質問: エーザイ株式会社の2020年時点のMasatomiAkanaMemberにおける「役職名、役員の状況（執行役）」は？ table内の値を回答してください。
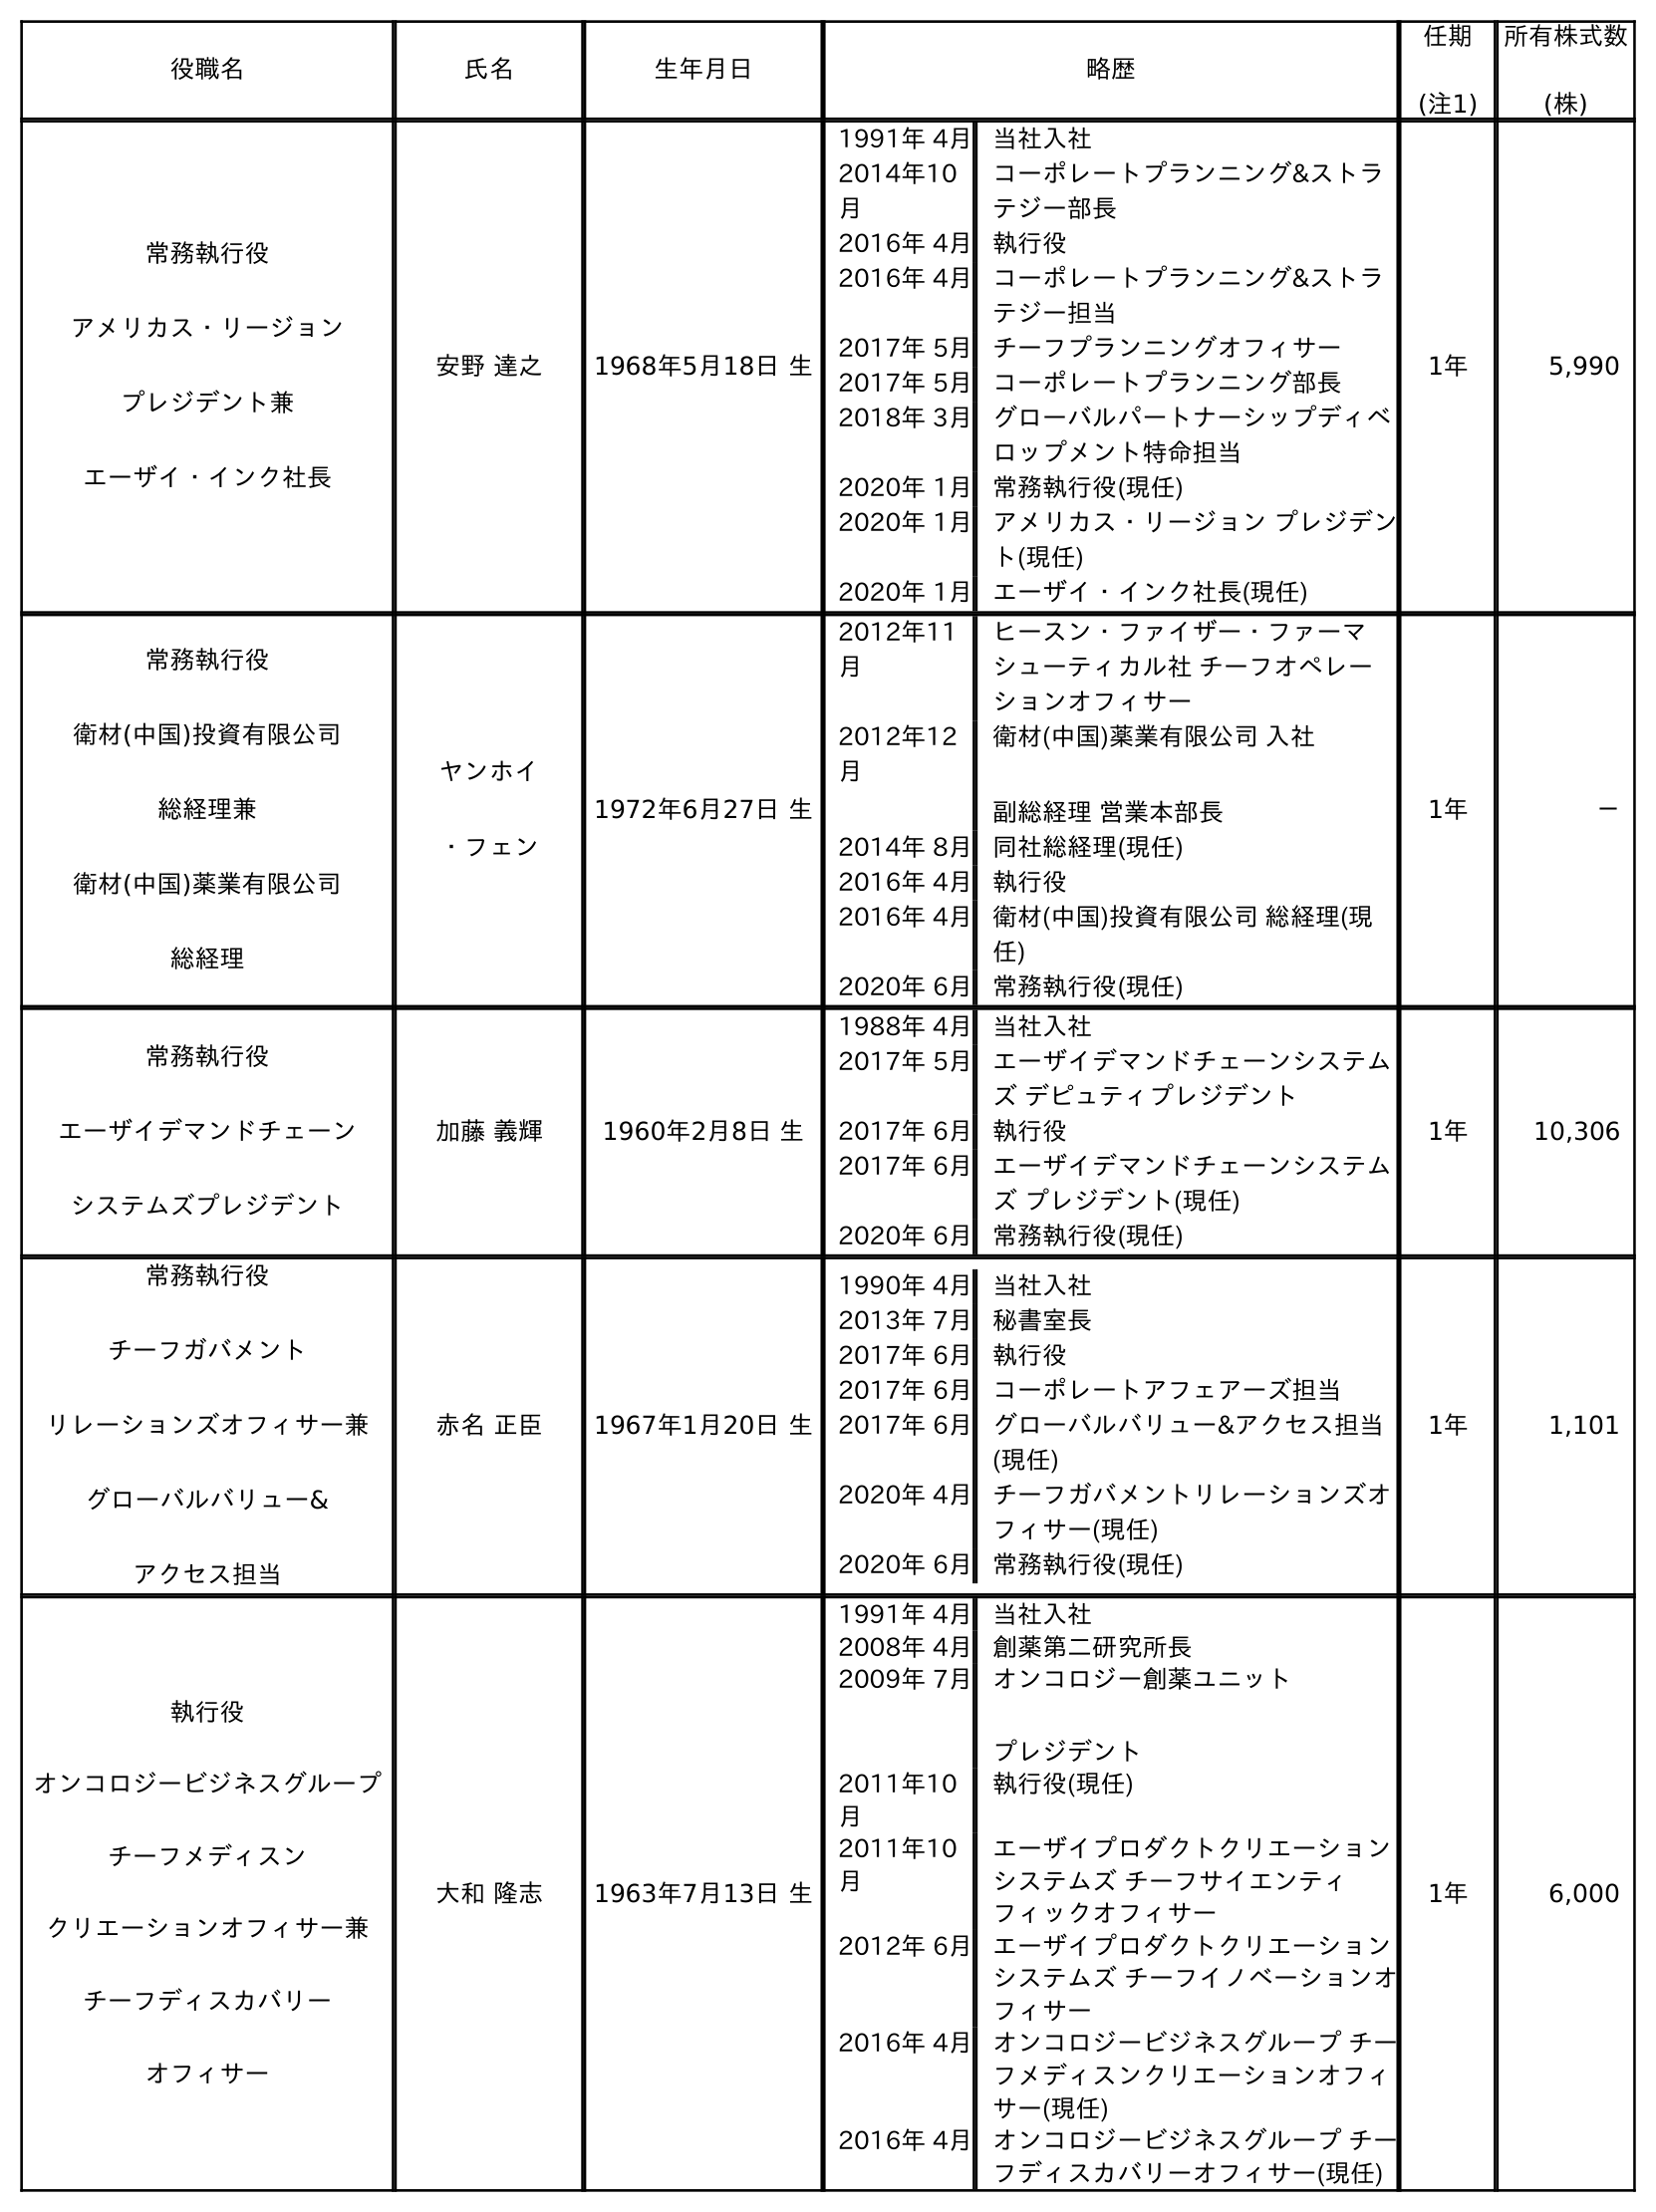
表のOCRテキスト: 役職名 氏名 生年月日 略歴 任期 (注1) 所有株式数 (株) 常務執行役 アメリカス・リージョン プレジデント兼 エーザイ・インク社長 安野 達之 1968年5月18日 生 1991年 4月当社入社 2014年10 月 コーポレートプランニング&ストラ テジー部長 2016年 4月執行役 2016年 4月コーポレートプランニング&ストラ テジー担当 2017年 5月チーフプランニングオフィサー 2017年 5月コーポレートプランニング部長 2018年 3月グローバルパートナーシップディベ ロップメント特命担当 2020年 1月常務執行役(現任) 2020年 1月アメリカス・リージョン プレジデン ト(現任) 2020年 1月エーザイ・インク社長(現任) 1年 5,990 常務執行役 衛材(中国)投資有限公司 総経理兼 衛材(中国)薬業有限公司 総経理 ヤンホイ ・フェン 1972年6月27日 生 2012年11 月 ヒースン・ファイザー・ファーマ シューティカル社 チーフオペレー ションオフィサー 2012年12 月 衛材(中国)薬業有限公司 入社 副総経理 営業本部長 2014年 8月同社総経理(現任) 2016年 4月執行役 2016年 4月衛材(中国)投資有限公司 総経理(現 任) 2020年 6月常務執行役(現任) 1年 － 常務執行役 エーザイデマンドチェーン システムズプレジデント 加藤 義輝 1960年2月8日 生 1988年 4月当社入社 2017年 5月エーザイデマンドチェーンシステム ズ デピュティプレジデント 2017年 6月執行役 2017年 6月エーザイデマンドチェーンシステム ズ プレジデント(現任) 2020年 6月常務執行役(現任) 1年 10,306 常務執行役 チーフガバメント リレーションズオフィサー兼 グローバルバリュー& アクセス担当 赤名 正臣 1967年1月20日 生 1990年 4月当社入社 2013年 7月秘書室長 2017年 6月執行役 2017年 6月コーポレートアフェアーズ担当 2017年 6月グローバルバリュー&アクセス担当 (現任) 2020年 4月チーフガバメントリレーションズオ フィサー(現任) 2020年 6月常務執行役(現任) 1年 1,101 執行役 オンコロジービジネスグループ チーフメディスン クリエーションオフィサー兼 チーフディスカバリー オフィサー 大和 隆志 1963年7月13日 生 1991年 4月当社入社 2008年 4月創薬第二研究所長 2009年 7月オンコロジー創薬ユニット プレジデント 2011年10 月 執行役(現任) 2011年10 月 エーザイプロダクトクリエーション システムズ チーフサイエンティ フィックオフィサー 2012年 6月エーザイプロダクトクリエーション システムズ チーフイノベーションオ フィサー 2016年 4月オンコロジービジネスグループ チー フメディスンクリエーションオフィ サー(現任) 2016年 4月オンコロジービジネスグループ チー フディスカバリーオフィサー(現任) 1年 6,000
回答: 常務執行役チーフガバメントリレーションズオフィサー兼グローバルバリュー&アクセス担当